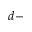
d -